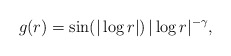
\begin{align*}g(r)=\sin(|\log r|)\,|\log r|^{-\gamma},\end{align*}